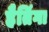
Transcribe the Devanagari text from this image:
हैतिंगा